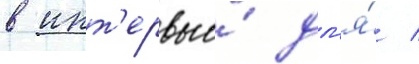
в инт'ервью́ дл'я́ /